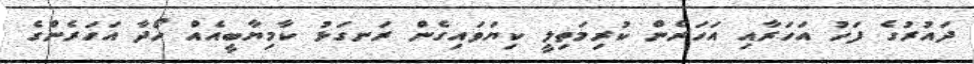
ދައުރުގެ ފަހު އަހަރާއި އަހަރެން ކުރިމަތިލީ ކިޔަވައިގެން ރަނގަޅު ކާމިޔާބީއެއް ހޯދާ އަހަރެންގެ